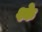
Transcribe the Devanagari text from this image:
श्के